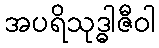
အပရိသုဒ္ဓါဇီဝါ